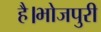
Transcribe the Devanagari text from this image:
है।भोजपुरी